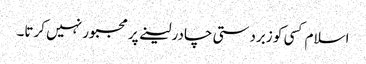
اسلام کسی کو زبردستی چادر لینے پر مجبور نہیں کرتا۔